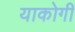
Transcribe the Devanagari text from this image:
याकोगी